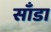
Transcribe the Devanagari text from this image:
साँडा